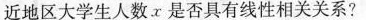
近地区大学生人数x是否具有线性相关关系?